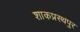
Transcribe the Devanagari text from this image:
शाकप्रस्थपुर